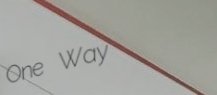
One Way